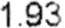
1.93